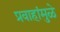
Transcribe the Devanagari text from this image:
प्रवाहांमुळे